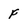
Character: f